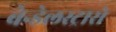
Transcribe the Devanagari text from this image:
बेन्डेलस्ट्रासे